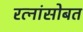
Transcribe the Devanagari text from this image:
रत्नांसोबत